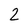
Character: 2